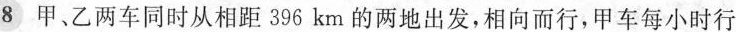
8 甲、乙两车同时从相距396km的两地出发，相向而行，甲车每小时行